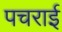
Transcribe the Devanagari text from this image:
पचराई